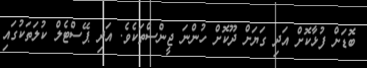
ބޮޑަށް ފުޅާކޮށް އަދި ގަޔަށް ދޫކޮށް ހުންނަ ޖީންސްތަކެވެ. އަދި ޕޭސްޓެލް ކުލަތަކުގައި